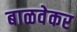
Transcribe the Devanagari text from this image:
बाळवेकर